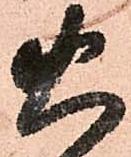
火